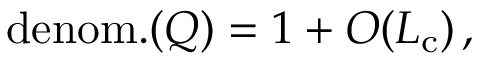
\mathrm { d e n o m . } ( Q ) = 1 + { \cal O } ( { \cal L } _ { \mathrm { c } } ) \, ,